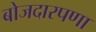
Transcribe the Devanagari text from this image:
बोजदारपणा